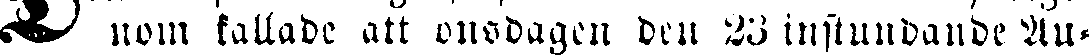
nom kallade att onsdagen den 23 instundande Au-